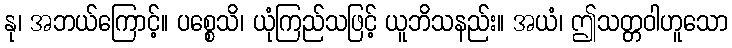
နု၊ အဘယ်ကြောင့်။ ပစ္စေသိ၊ ယုံကြည်သဖြင့် ယူဘိသနည်း။ အယံ၊ ဤသတ္တဝါဟူသော